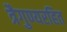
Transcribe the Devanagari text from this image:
त्रैगुण्यरहित